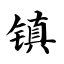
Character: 镇